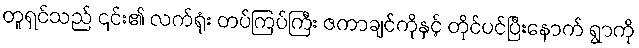
တူရှင်သည် ၎င်း၏ လက်ရုံး တပ်ကြပ်ကြီး ဇကာချင်ကိုနှင့် တိုင်ပင်ပြီးနောက် ရွာကို